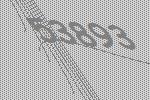
53893